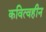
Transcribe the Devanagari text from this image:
कवित्वहीन